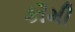
કૌમી